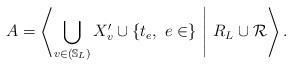
LaTeX: \begin{align*} A=\left\langle \bigcup_{v \in (\mathbb{S}_L)} X'_v \cup \{t_e, \ e \in \} \ \Bigg\vert \ R_L \cup \mathcal{R} \right\rangle. \end{align*}